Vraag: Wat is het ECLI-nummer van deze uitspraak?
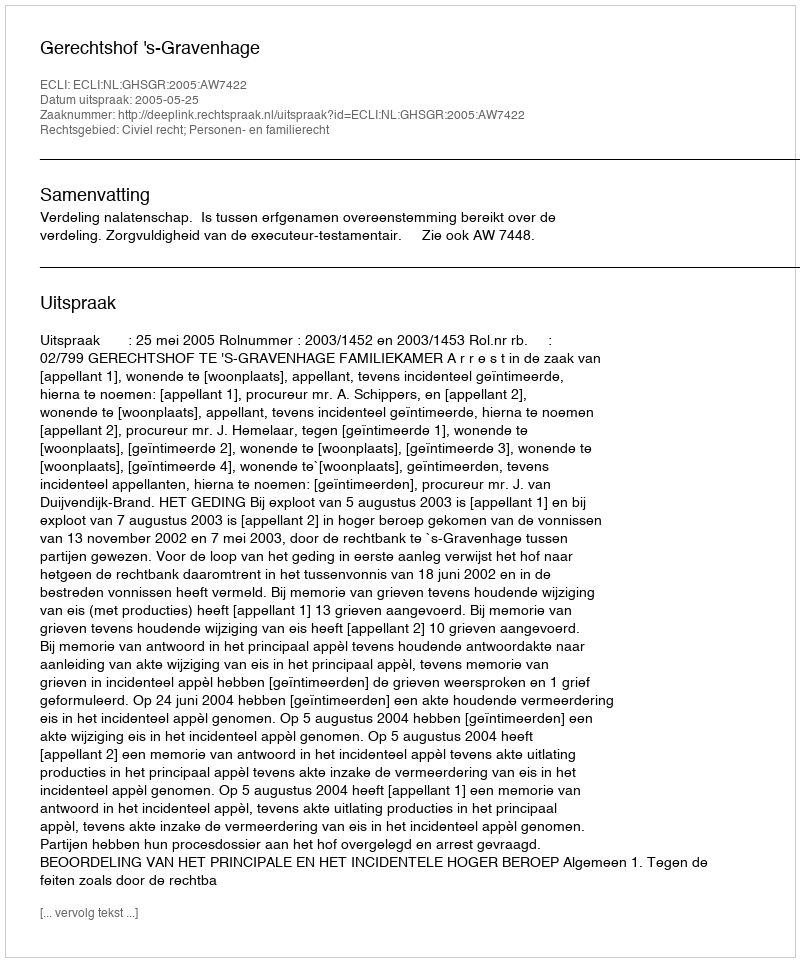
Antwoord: ECLI:NL:GHSGR:2005:AW7422